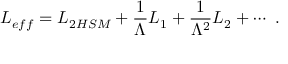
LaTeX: { \cal L } _ { e f f } = { \cal L } _ { \mathrm 2 H S M } + \frac { 1 } { \Lambda } { \cal L } _ { 1 } + \frac { 1 } { \Lambda ^ { 2 } } { \cal L } _ { 2 } + \cdots \ .